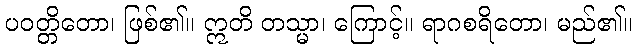
ပဝတ္တိတော၊ ဖြစ်၏။ ဣတိ တသ္မာ၊ ကြောင့်။ ရာဂစရိတော၊ မည်၏။